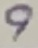
Text: 9